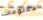
معلومات